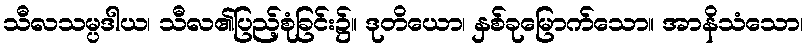
သီလသမ္ပဒါယ၊ သီလ၏ပြည့်စုံခြင်း၌။ ဒုတိယော၊ နှစ်ခုမြောက်သော။ အာနိသံသော၊